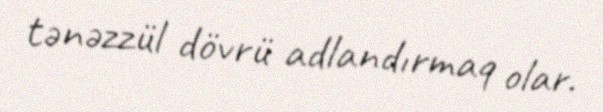
tənəzzül dövrü adlandırmaq olar.